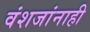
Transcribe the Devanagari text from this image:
वंशजांनाही